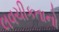
લવચીકતાનો